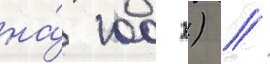
на́ 100 г) /